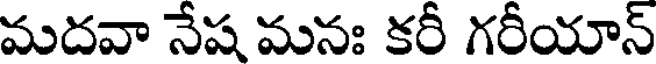
మదవా నేష మనః కరీ గరీయాన్